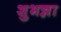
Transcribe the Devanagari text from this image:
शुभन्ना